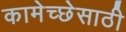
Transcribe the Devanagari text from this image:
कामेच्छेसाठी